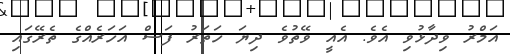
އަމްރު ވިދާޅުވި އެވެ. އެއީ ވޭތުވެ ދިޔަ ހަތަރު ފަސް އަހަރެއްގެ ތެރޭގައި